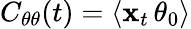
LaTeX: C_{\theta\theta}(t)=\langle\mathbf{x}_{t}\, \theta_{0}\rangle